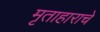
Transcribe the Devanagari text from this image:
मृताहाराचे